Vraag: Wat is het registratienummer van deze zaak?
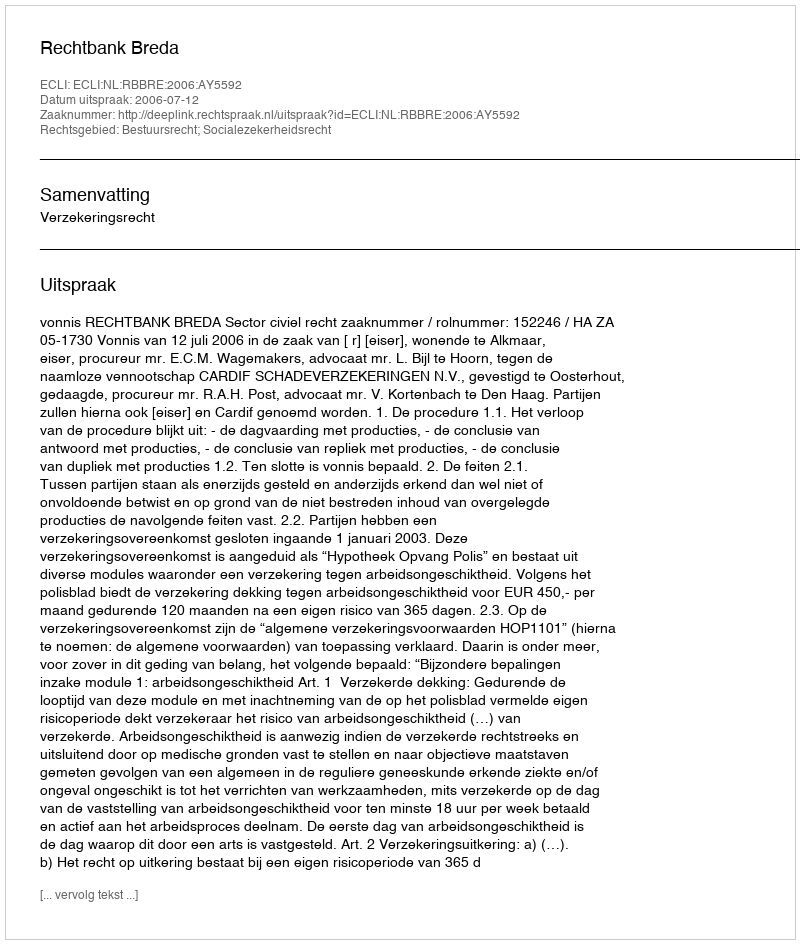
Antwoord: http://deeplink.rechtspraak.nl/uitspraak?id=ECLI:NL:RBBRE:2006:AY5592